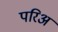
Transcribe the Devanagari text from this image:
परिअ